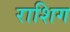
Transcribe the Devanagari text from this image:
राशिग